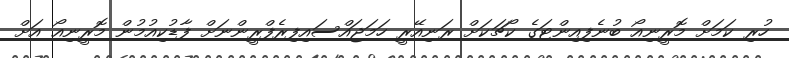
ހުރި ކަމަށް މޮރީނިއޯ ބުނެފިއިންޓަގެ ކޯޗަކަށް ރަނިއޭރީ ހަމަޖައްސައިފިރެފްރީންނަށް ފާޑުކިއުމުން މޮރީނިއޯ އަށް